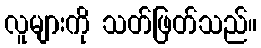
လူများကို သတ်ဖြတ်သည်။